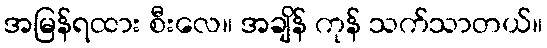
အမြန်ရထား စီးလေ။ အချိန် ကုန် သက်သာတယ်။